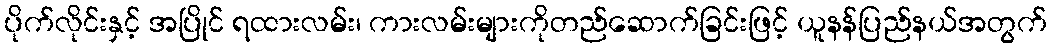
ပိုက်လိုင်းနှင့် အပြိုင် ရထားလမ်း၊ ကားလမ်းများကိုတည်ဆောက်ခြင်းဖြင့် ယူနန်ပြည်နယ်အတွက်